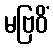
မဗြဝိံ